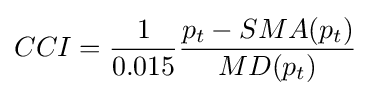
CCI={\frac {1}{0.015}}{\frac {p_{t}-SMA(p_{t})}{MD(p_{t})}}